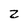
Character: z